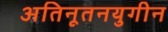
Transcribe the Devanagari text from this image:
अतिनूतनयुगीन